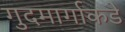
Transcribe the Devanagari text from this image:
गुदमार्गाकडे